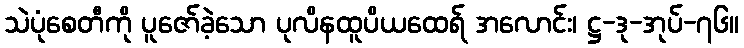
သဲပုံစေတီကို ပူဇော်ခဲ့သော ပုလိနထူပိယထေရ် အလောင်း၊ ဋ္ဌ-ဒု-အုပ်-၇၆။